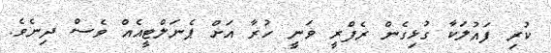
ކުރި ފައުލަކާ ގުޅިގެން ރެފްރީ ވަނީ ހުރާ އަށް ޕެނަލްޓީއެއް ވެސް ދިނެވެ.